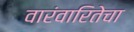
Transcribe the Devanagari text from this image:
वारंवारितेचा